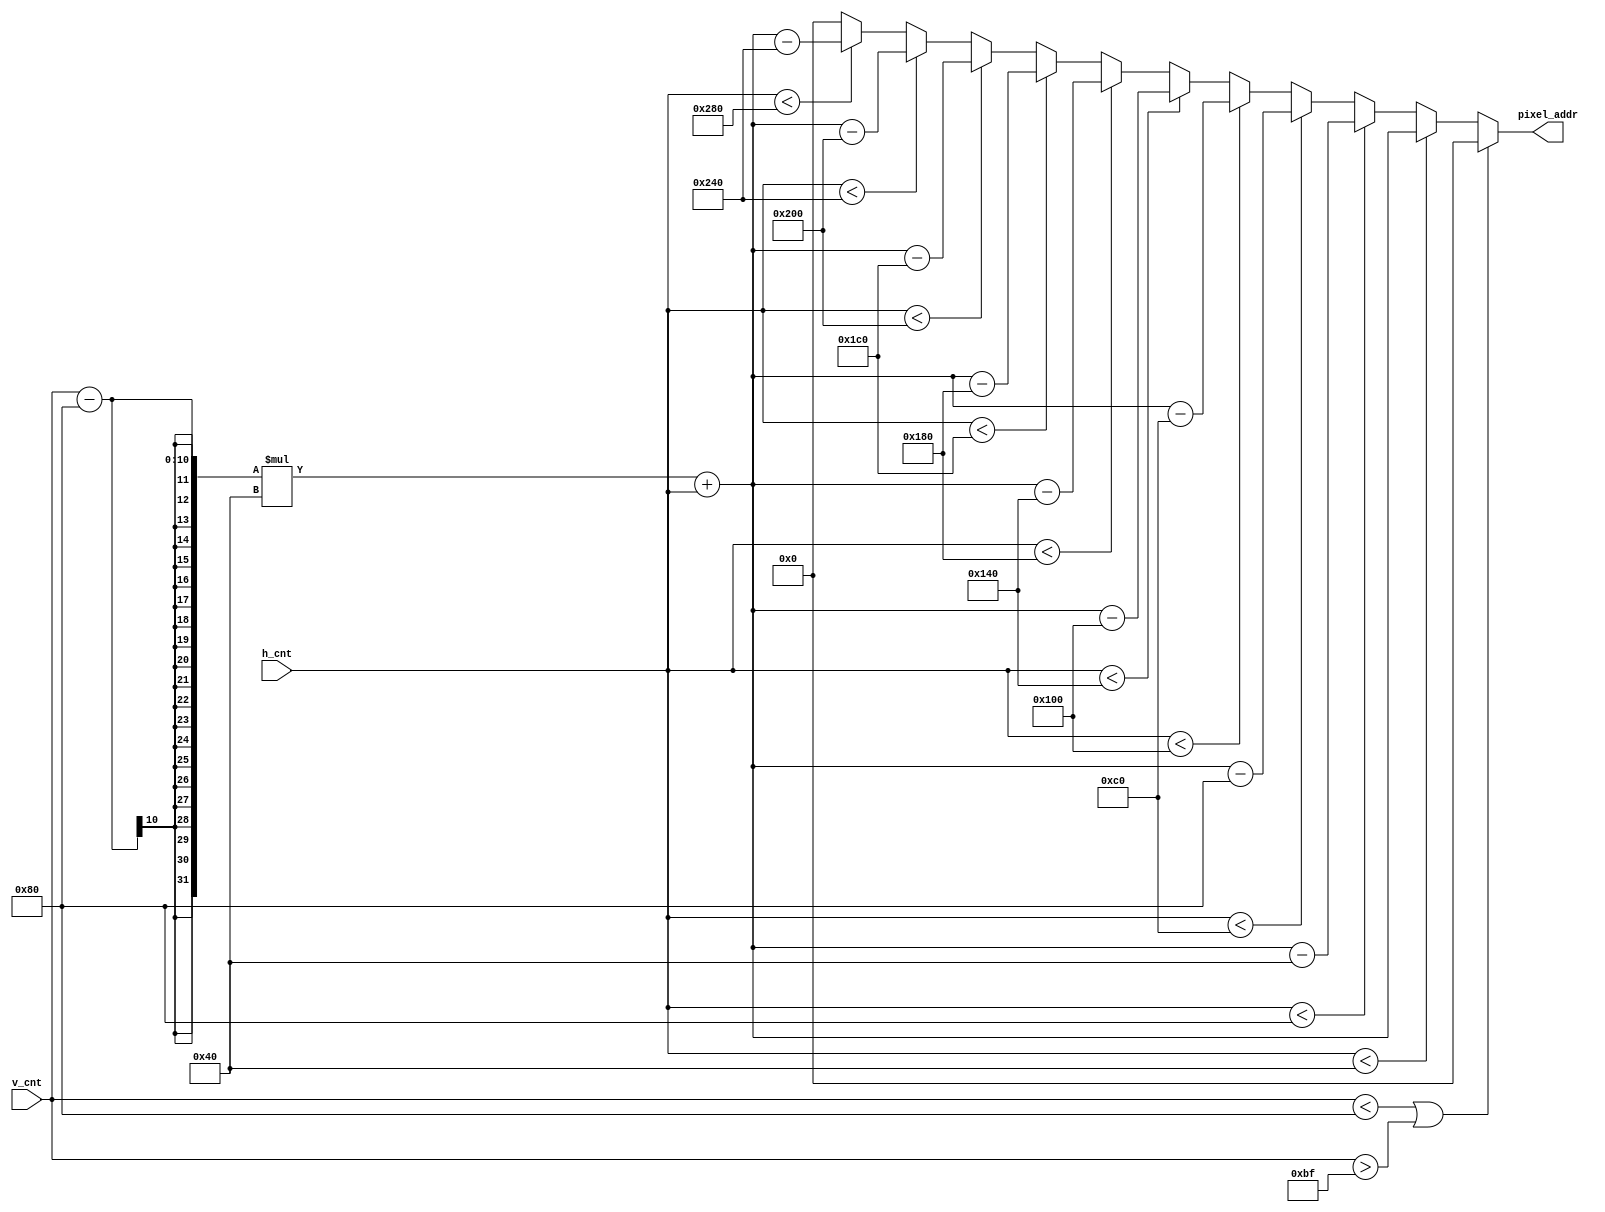
module mem_addr_gen(
  input [9:0] h_cnt,
  input [9:0] v_cnt,
  output reg [11:0] pixel_addr
);

	always@*
		if(v_cnt < 128 | v_cnt >191)
			pixel_addr = 0;
		else if(h_cnt < 64)
			pixel_addr = (v_cnt-128)*64+h_cnt;
		else if(h_cnt < 128)
			pixel_addr = (v_cnt-128)*64+h_cnt-64;
		else if(h_cnt < 192)
			pixel_addr = (v_cnt-128)*64+h_cnt-128;
		else if(h_cnt < 256)
			pixel_addr = (v_cnt-128)*64+h_cnt-192;
		else if(h_cnt < 320)
			pixel_addr = (v_cnt-128)*64+h_cnt-256;
		else if(h_cnt < 384)
			pixel_addr = (v_cnt-128)*64+h_cnt-320;
		else if(h_cnt < 448)
			pixel_addr = (v_cnt-128)*64+h_cnt-384;
		else if(h_cnt < 512)
			pixel_addr = (v_cnt-128)*64+h_cnt-448;
		else if(h_cnt < 576)
			pixel_addr = (v_cnt-128)*64+h_cnt-512;
		else if(h_cnt < 640)
			pixel_addr = (v_cnt-128)*64+h_cnt-576;
		else pixel_addr = 0;
			
endmodule